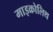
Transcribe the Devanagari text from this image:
माइक्रोलिथ